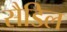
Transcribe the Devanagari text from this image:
सैडिल